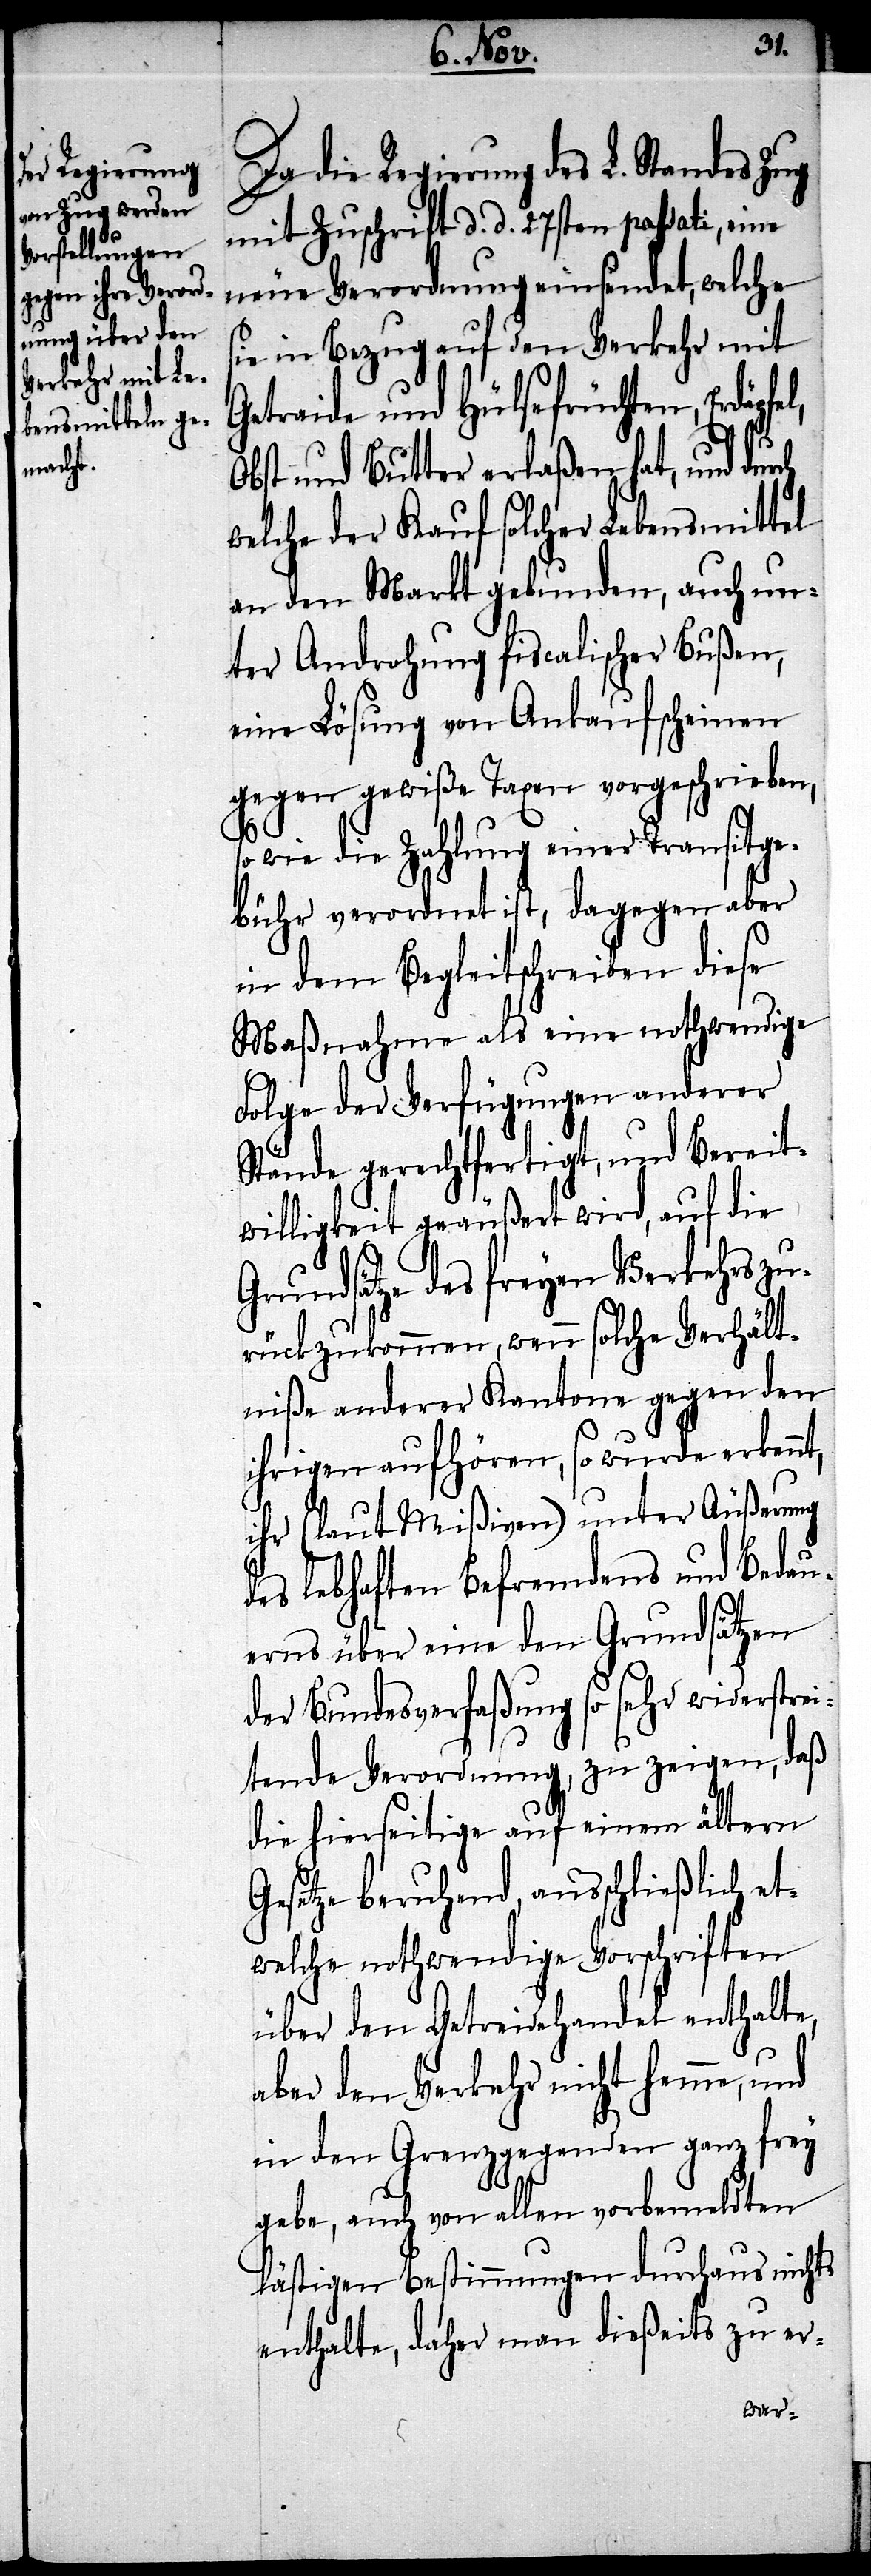
Da die Regierung des L. Standes Zug
mit Zuschrift d. d. 27sten passati, eine
neue Verordnung einsendet, welche
sie in Bezug auf den Verkehr mit
Getraide und Hülsefrüchten, Erdäpfel,
Obst und Butter erlaßen hat, und durch
welche der Kauf solcher Lebensmittel
an den Markt gebunden, auch un¬
ter Androhung fiscalischer Bußen,
eine Lösung von Ankaufsscheinen
gegen gewiße Taxen vorgeschrieben,
so wie die Zahlung eines Transitge¬
bühr verordnet ist, dagegen aber
in dem Begleitschreiben diese
Maßnahme als eine nothwendige
Folge der Verfügungen anderer
Stände gerechtfertigt, und Bereit¬
willigkeit geäußert wird, auf die
Grundsätze des freyen Verkehrs zu¬
rückzukommen, wenn solche Verhält¬
niße anderer Kantone gegen den
ihrigen aufhören, so wurde erkennt,
ihr (laut Mißiven) unter Äußerung
des lebhaften Befremdens und Bedau¬
erns über einen den Grundsätzen
der Bundesverfaßung so sehr widerstre¬
itende Verordnung, zu zeigen, daß
die hierseitige auf einem ältern
Gesetze beruhend, ausschließlich et¬
welche nothwendige Vorschriften
über den Getreidehandel enthalte,
aber den Verkehr nicht hemme, und
in den Grenzgegenden ganz frey
gebe, auch von allen vorbemeldten
lästigen Bestimmungen durchaus nichts
enthalte, daher man dießeits zu er-